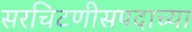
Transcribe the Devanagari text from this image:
सरचिटणीसपदाच्या